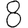
Digit: 8